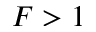
F > 1